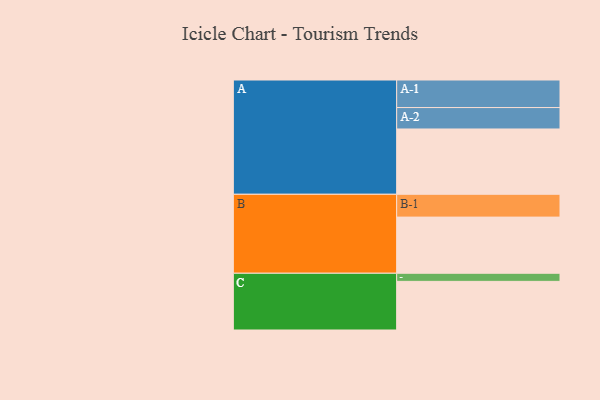
{"axis": {"x": "Segment", "y": "Value"}, "legend": ["", "A", "B", "C"], "data": [{"x": "A", "y": 564, "type": ""}, {"x": "B", "y": 485, "type": ""}, {"x": "C", "y": 420, "type": ""}, {"x": "A-1", "y": 238, "type": "A"}, {"x": "A-2", "y": 185, "type": "A"}, {"x": "B-1", "y": 197, "type": "B"}, {"x": "C-1", "y": 70, "type": "C"}]}